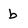
Character: b